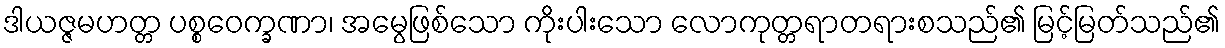
ဒါယဇ္ဇမဟတ္တ ပစ္စဝေက္ခဏာ၊ အမွေဖြစ်သော ကိုးပါးသော လောကုတ္တရာတရားစသည်၏ မြင့်မြတ်သည်၏